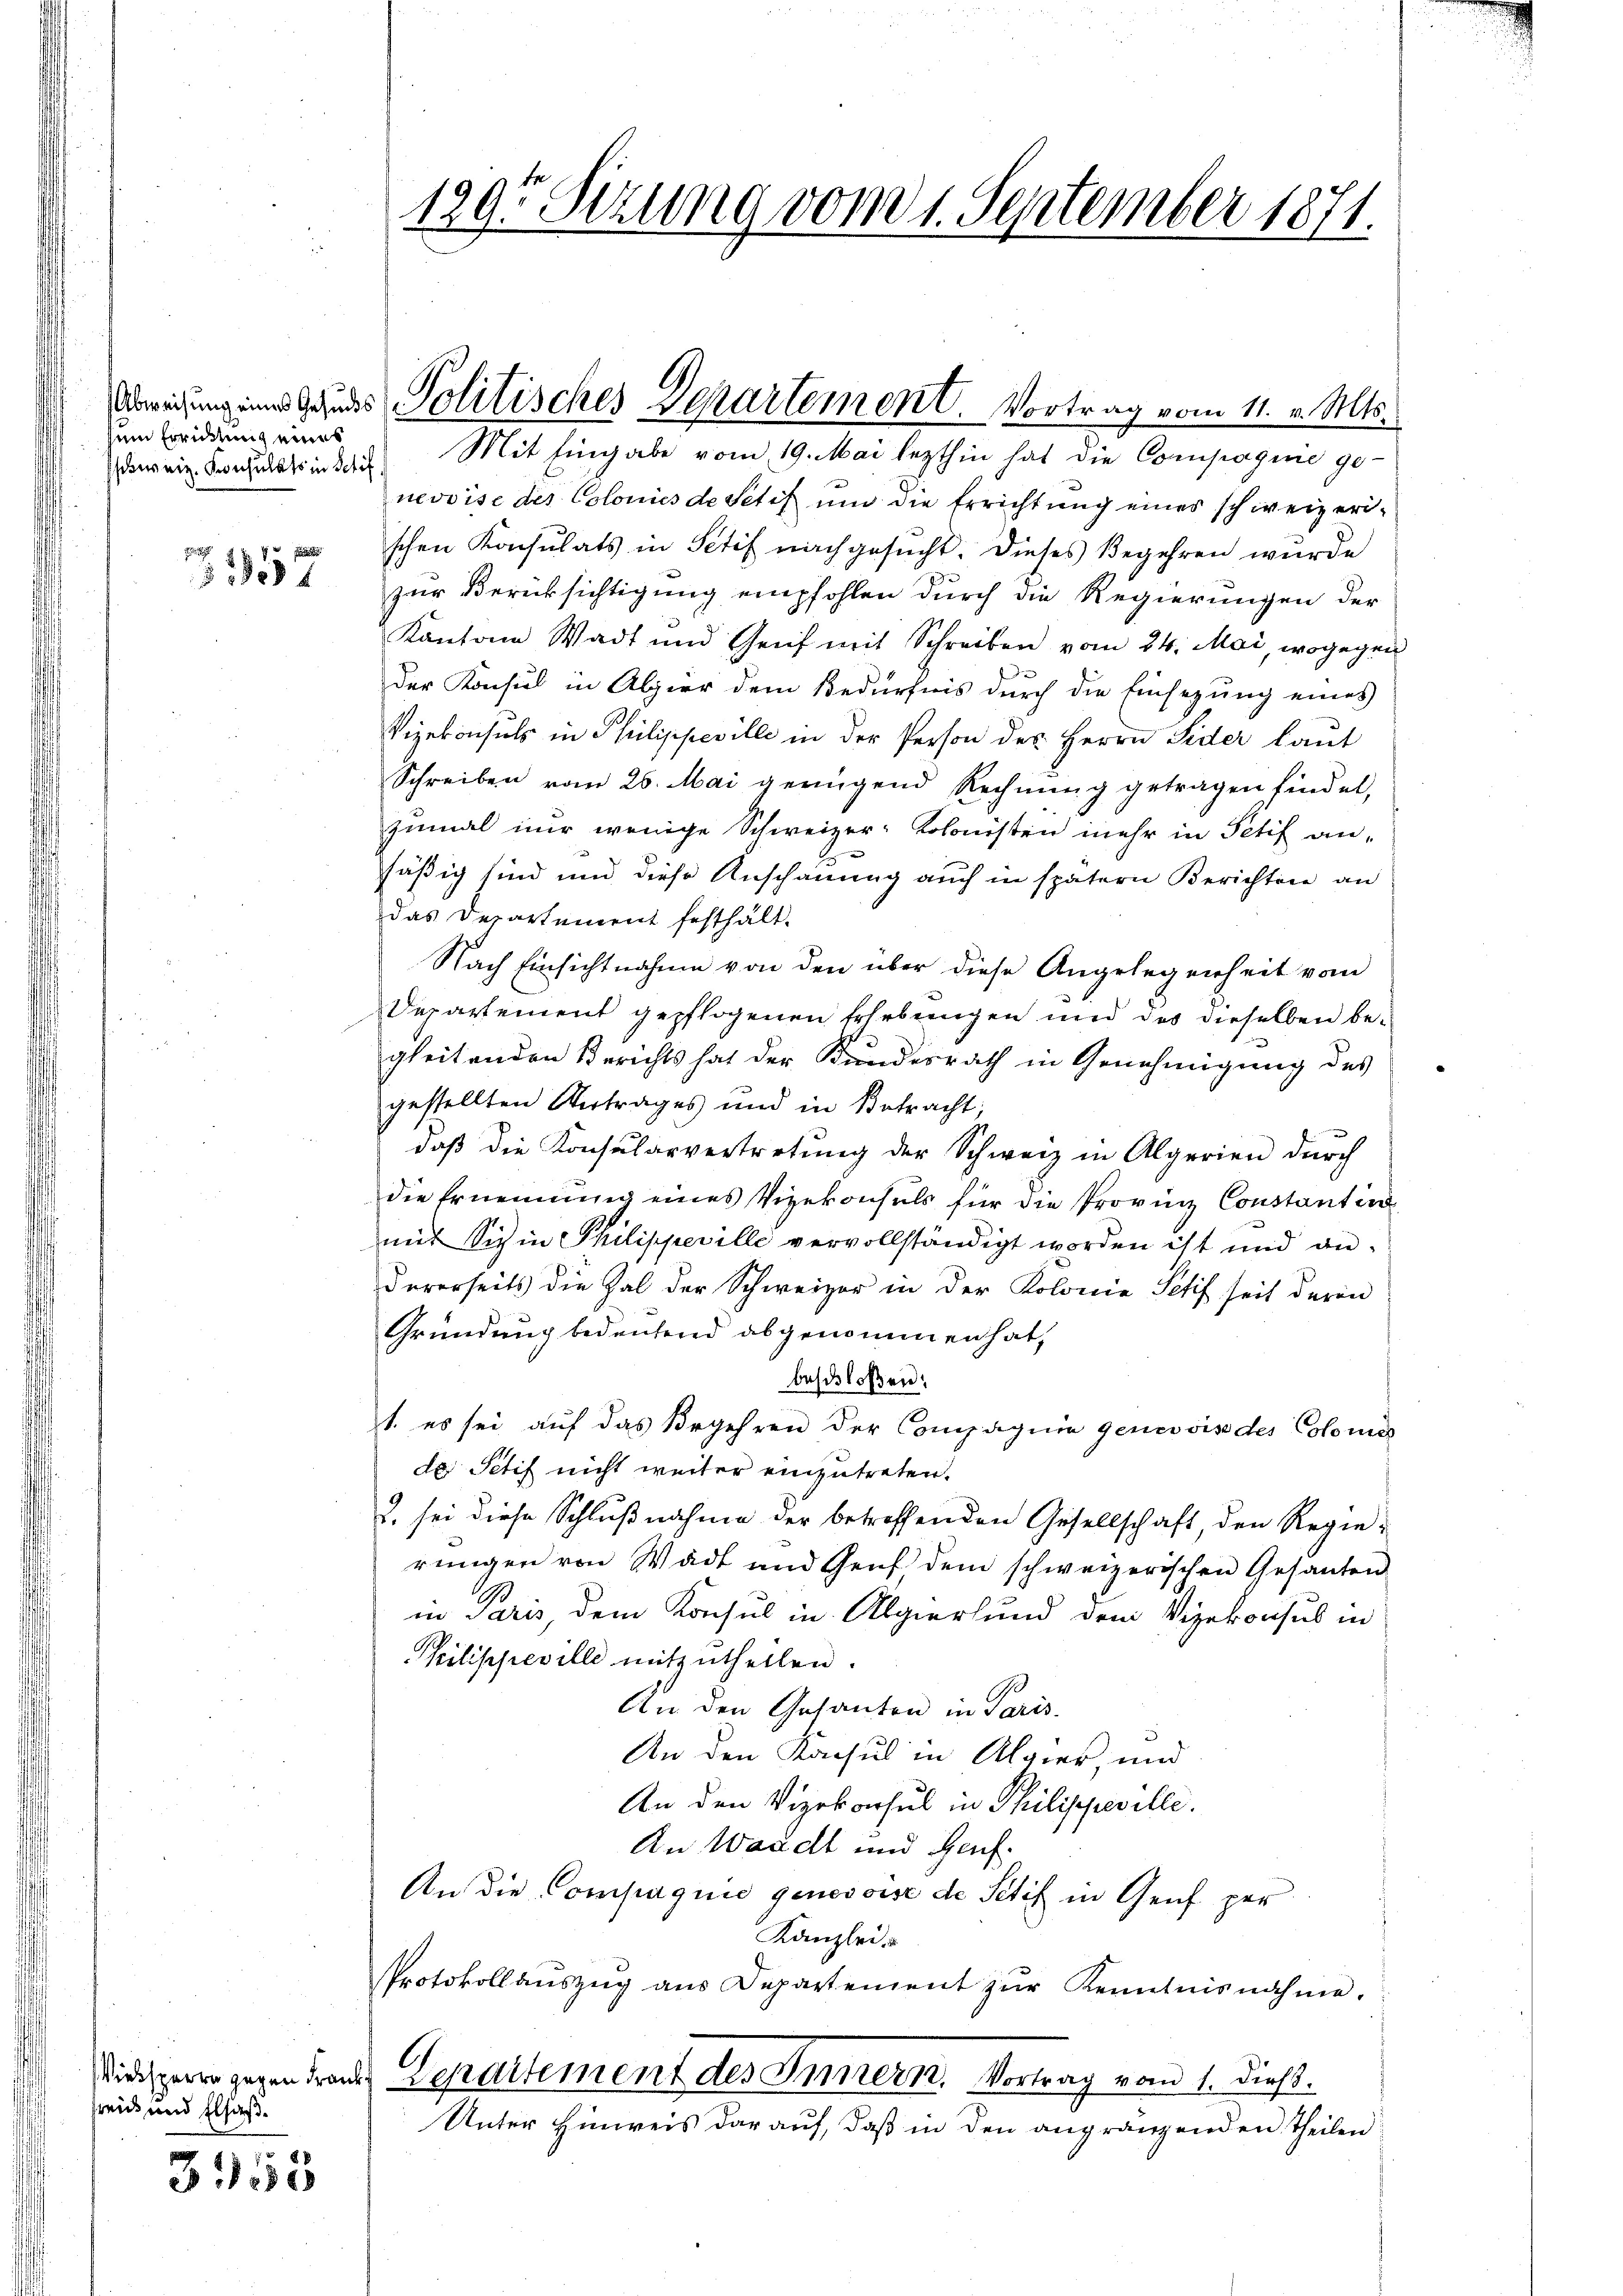
zum Errichtung eines
schweiz. Konsulats in Schif

§ 4

sreis und Elsaß.

3958

Mit Eingabe vom 19. Mai lezthin hat die Compagnie ge-
nevvise des Colonies de Petit um die Errichtung einer schweizerischen Konsulats in Sctif nachgesucht. Dieses Begehren wurde
zur Berücksichtigung empfohlen durch die Regierungen der
Kantone Wadt und Genf mit Schreiben vom 24. Mai, wogegen
der Konsul in Alpier dem Bedürfnis durch die Einsezung eines
Vizekonsuls in Philippeville in der Person der Herrn Sider laut
Schreiben vom 26. Mai genügend Rechnung getragen findet,
zumal nur wenige Schweizer-Kolonisten mehr in Petif ansäßig sind und diese Anschauung auch in spätern Berichten an
das Departement festhält.
Nach Einsichtnahme von den über diese Angelegenheit vom
Departement gepflogenen Erhebungen und des dieselben begleitenden Berichts hat der Bundesrath in Genehmigung des
gestellten Vertrages und in Betracht;
daß die Konsularvertretung der Schweiz in Algerien durch
die Ernennung eines Vizekonsuls für die Provinz Constantin
mit Sich in Philippeville vervollständigt worden ist und andererseits die Zahl der Schweizer in der Kolonia Schif seit deren
Gründung bedeutend abgenommen hat,
beschloßen:
1. es sei auf das Begehren der Compagnie genessis des Colonies
de Petif nicht weiter einzutreten.
u. sei diese Schlußnahme der betreffenden Gesellschaft, den Regie-
rungen von Wädt und Genf dem schweizerischen Gesanten
in Paris, dem Konsul in Algierund dem Vizekonsus in
Pilippeville mitzutheilen.
An den Gesanten in Paris.
.
An den Konsul in Algier, und
An den Vizekonsul in Philippeville.
An Waadt und Genf.
An die Compagnie genessise de Petit in Genf per
Kanzlei
Protokollaŭszŭg aŭs Departement zŭr Kenntnisnahme.
Dirsperin gegen Frank, Departement des Innern, Vortrag vom 1. Dieß.
Unter Einweis darauf, daß in den angränzenden Theilen

129t Setzung vom 1. September 1871.

Abredung in Gauds Politisches Departement. Vortrag vom 11. v. Mts.